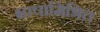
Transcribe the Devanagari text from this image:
भाषामिश्रित